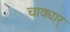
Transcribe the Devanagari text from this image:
चाक्यार्